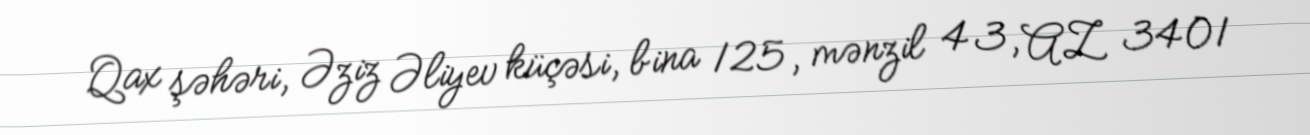
Qax şəhəri, Əziz Əliyev küçəsi, bina 125, mənzil 43, AZ 3401